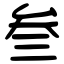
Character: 叁